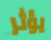
يؤثر